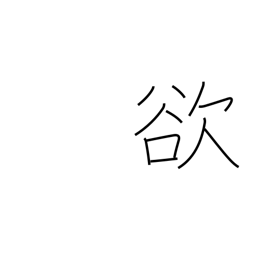
Meaning: covetousness